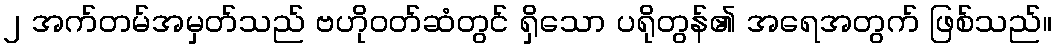
၂ အက်တမ်အမှတ်သည် ဗဟိုဝတ်ဆံတွင် ရှိသော ပရိုတွန်၏ အရေအတွက် ဖြစ်သည်။